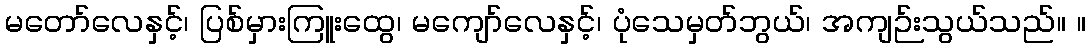
မတော်လေနှင့်၊ ပြစ်မှားကြူးထွေ၊ မကျော်လေနှင့်၊ ပုံသေမှတ်ဘွယ်၊ အကျဉ်းသွယ်သည်။ ။